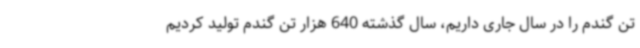
تن گندم را در سال جاری داریم، سال گذشته 640 هزار تن گندم تولید کردیم